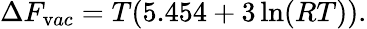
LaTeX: \Delta F_{\mathrm vac}=T(5.454+3\ln(RT)).